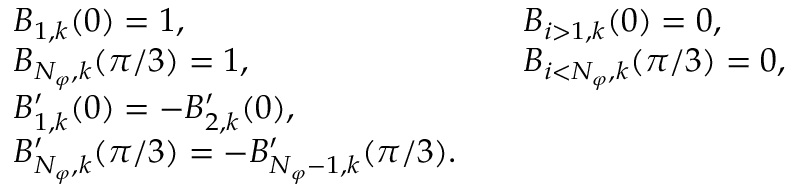
\begin{array} { r l r l } & { B _ { 1 , k } ( 0 ) = 1 , \qquad } & & { B _ { i > 1 , k } ( 0 ) = 0 , } \\ & { B _ { N _ { \varphi } , k } ( \pi / 3 ) = 1 , \qquad } & & { B _ { i < N _ { \varphi } , k } ( \pi / 3 ) = 0 , } \\ & { B _ { 1 , k } ^ { \prime } ( 0 ) = - B _ { 2 , k } ^ { \prime } ( 0 ) , } \\ & { B _ { N _ { \varphi } , k } ^ { \prime } ( \pi / 3 ) = - B _ { N _ { \varphi } - 1 , k } ^ { \prime } ( \pi / 3 ) . } \end{array}